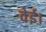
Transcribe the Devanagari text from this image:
वेई।